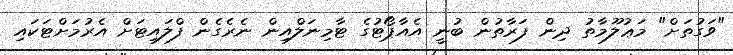
"ވަގުތަށް" މަޢުލޫމާތު ދިން ފަރާތުން ބުނީ އެއާޕޯޓުގެ ޓާމިނަލްއިން ނެރެގެން ފްލައިޓަށް އެރުމަށްޓަކައި